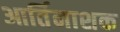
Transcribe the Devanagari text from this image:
आर्तिनाशक